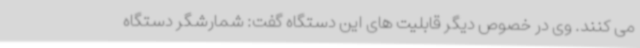
می کنند. وی در خصوص دیگر قابلیت های این دستگاه گفت: شمارشگر دستگاه